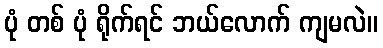
ပုံ တစ် ပုံ ရိုက်ရင် ဘယ်လောက် ကျမလဲ။